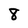
Character: 8